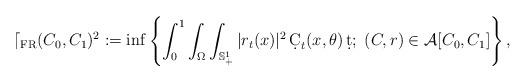
LaTeX: \begin{align*} \mathcal{d}_\mathrm{FR}(C_0,C_1)^2 &:= \inf \left\{ \int_0^1 \int_\Omega\int_{\mathbb{S}^1_+} |r_t(x)|^2 \,\d C_t(x,\theta) \,\d t; \; {(C,r)\in \mathcal{A}[C_0,C_1]} \right\},\end{align*}